V__Kingissepa_nim__kolhoos, lk 95
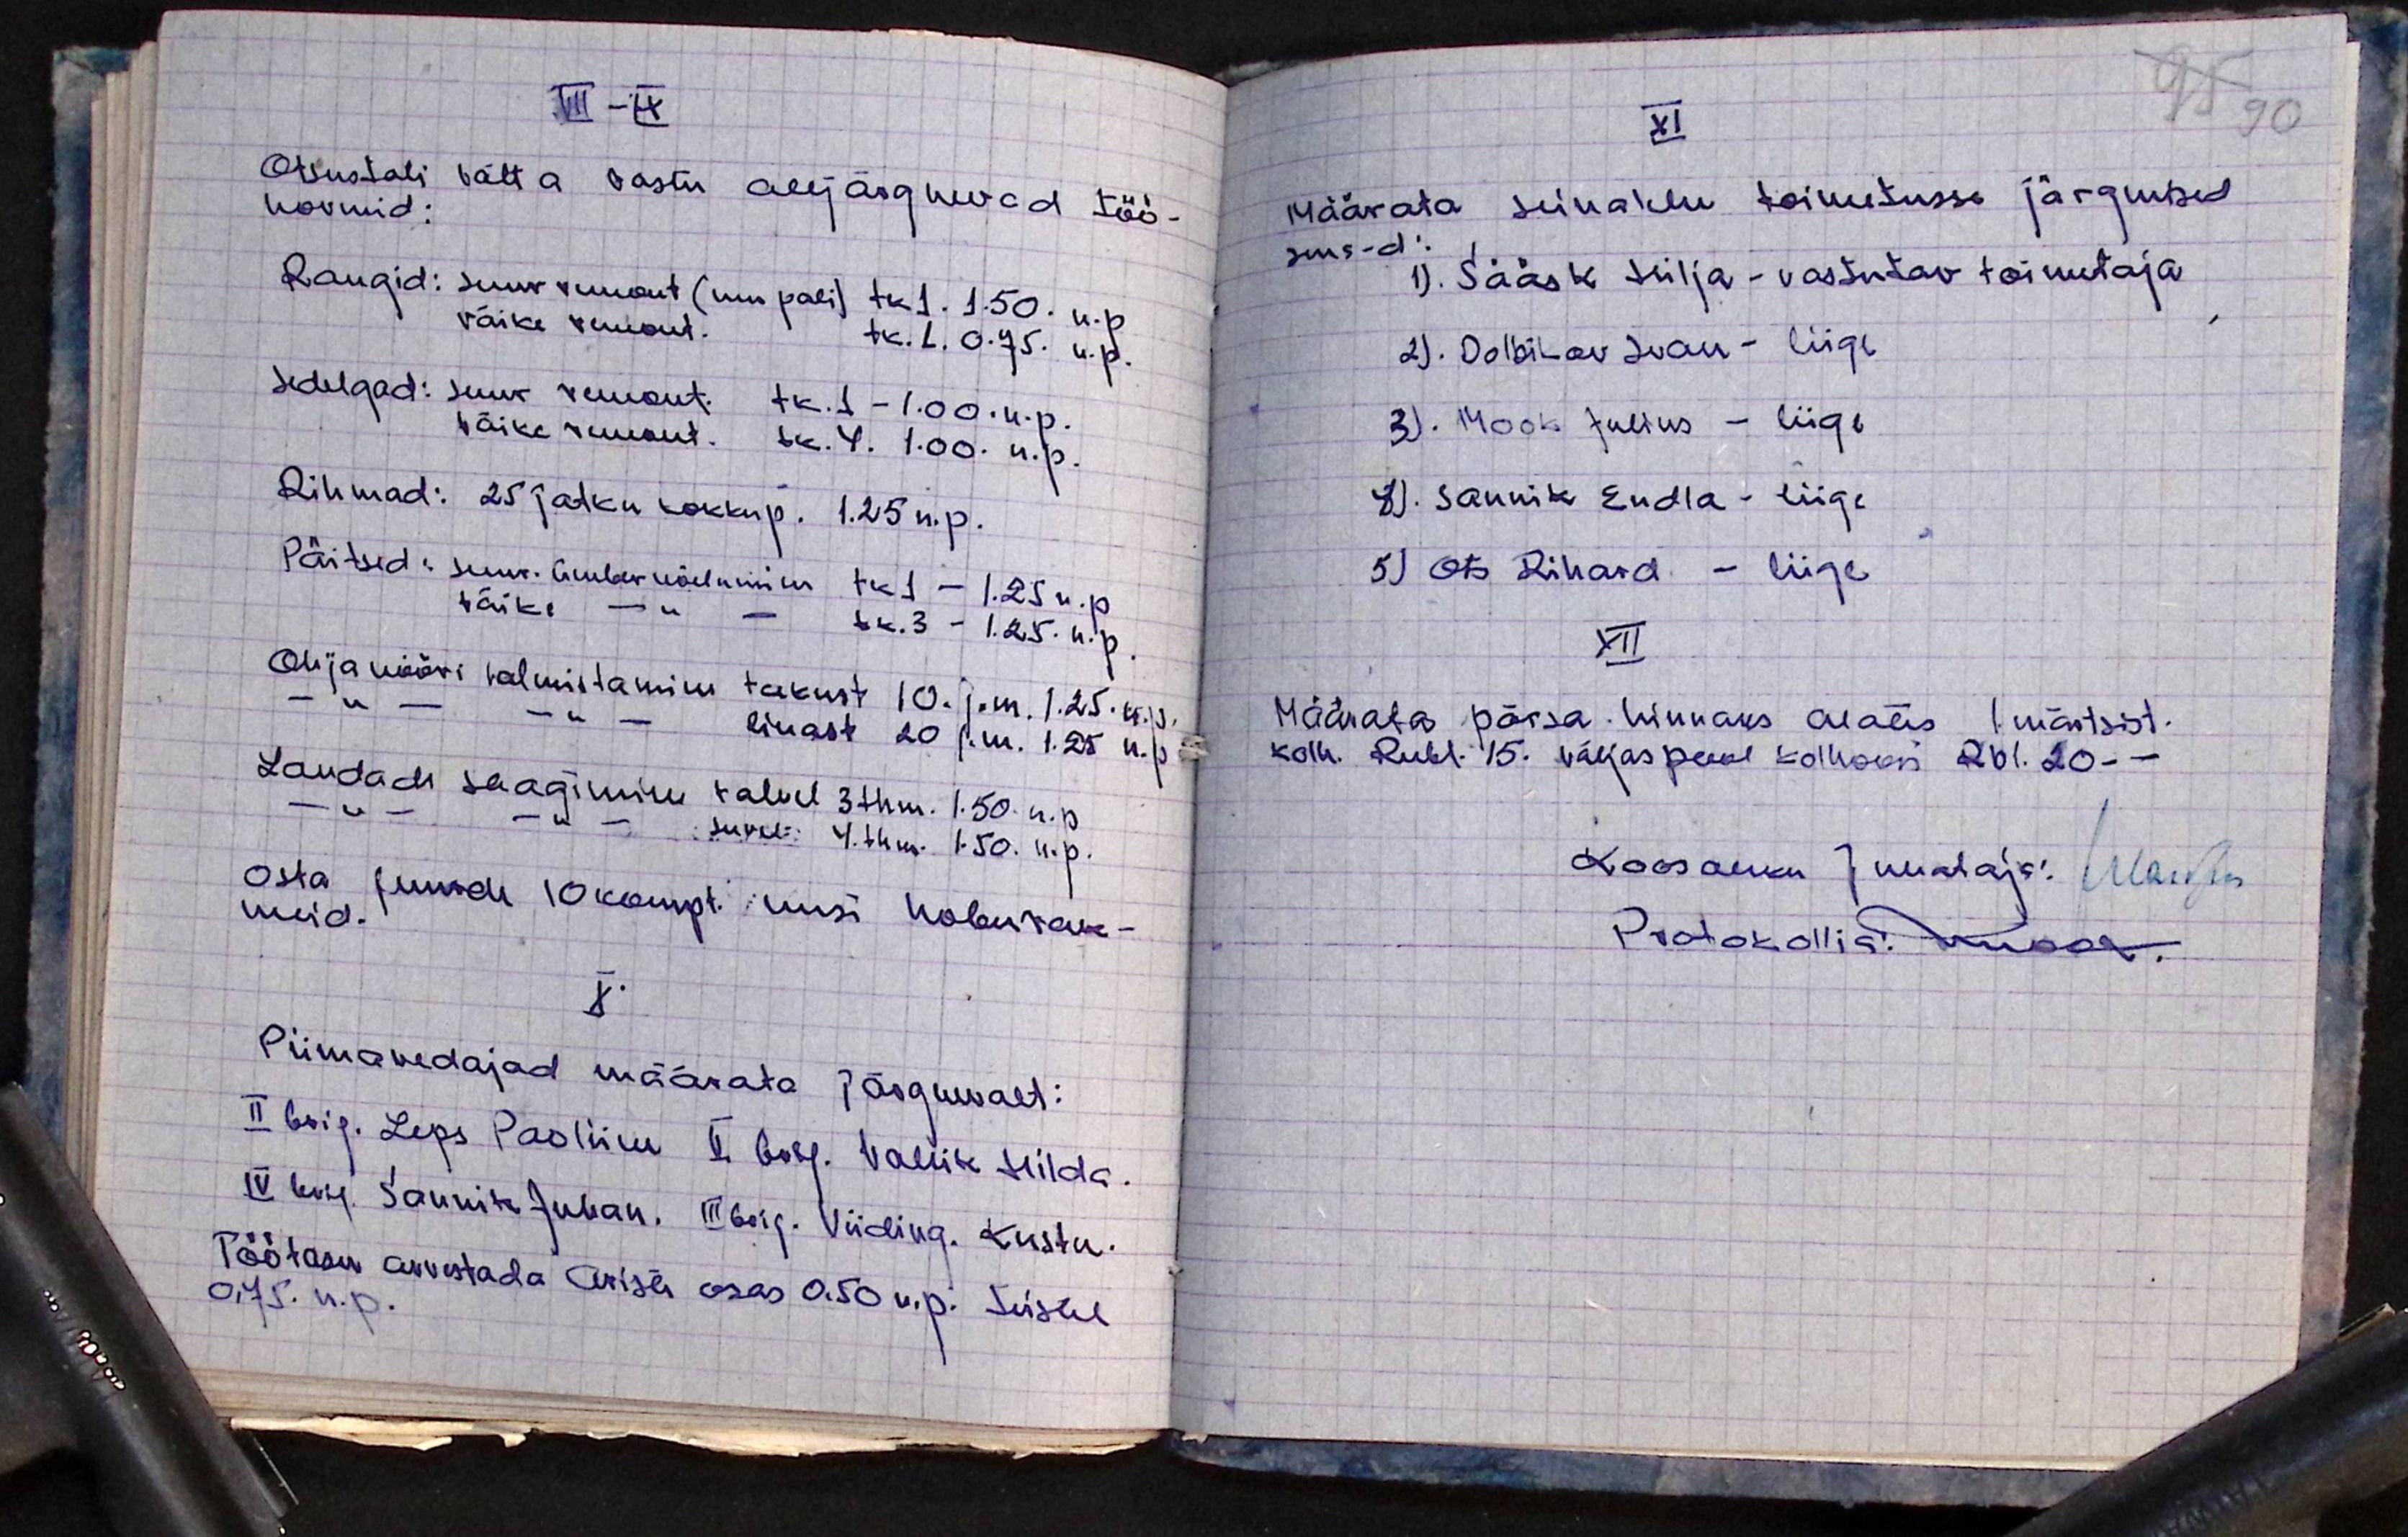
III- IX
Otsustati võtta vastu alljärgnevad töö-
normid:
Rangid: suur remont (uus pali) tk 1. 1.50. n. p.
väike remont. tk. 1. 0.75. n. p.
Sadulad: suur remont. tk. 1 -1.00. n. p.
väike remont. tk. 4. 1.00. n. p.
Rihmad: 25 jätku kokkup. 1.25 n. p.
Päitsed: suur. ümbernõelumine tk1 - 1.25 n. p.
väike - " - tk. 3-1.25. n. p.
Ohja nööri valmistamine takust 10. j. m. 1.25 n. p.
- " - -"- - linast 20 j.m. 1.25 n. p.
Laudadie saagimine talvel 3 thm. 1.50 n. p.
- " -  - " - suvel 4.thm. 1.50. n. p.
Osta juurde 10 kompl. uusi hobu rak-
meid.
X.
Piimavedajad määrata järgnevalt:
III brig. Leps Paoliine V brig. Vallik Hilda.
IV brig. Sannik Juhan. III brig. Viiding. Kustu.
Töötasu arvestada arisei osas 0. 50 n. p. Suiske
O,75. n. p.

XI
95 90
Määrata seinalehe toimetusse järgmised
sms-d:
1). Sääsk Hilja - vastutav toimetaja
2). Dolbikov Ivan - liige
3). Mook Julius - liige
4). Sannik Endla - liige
5). Ots Rihard - liige
XII
Määrata põrsa hinnaks alates 1. märtsist
kolh. Rubl. 15. väljaspääl kolhoosi Rbl. 20-
Koosoleku Juhataja: Maakon
Protokollia: kuidas.